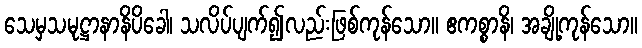
သေမှသမုဋ္ဌာနာနိပိခေါ၊ သလိပ်ပျက်၍လည်းဖြစ်ကုန်သော။ ဧကစ္စာနိ၊ အချို့ကုန်သော။